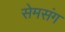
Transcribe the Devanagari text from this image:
सेमसंग